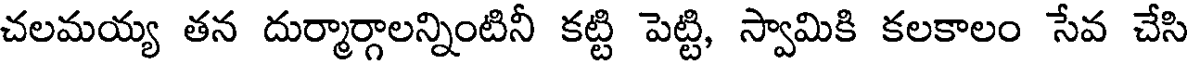
చలమయ్య తన దుర్మార్గాలన్నింటినీ కట్టి పెట్టి, స్వామికి కలకాలం సేవ చేసి